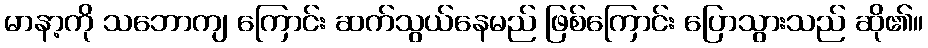
မာနာ့ကို သဘောကျ ကြောင်း ဆက်သွယ်နေမည် ဖြစ်ကြောင်း ပြောသွားသည် ဆို၏။